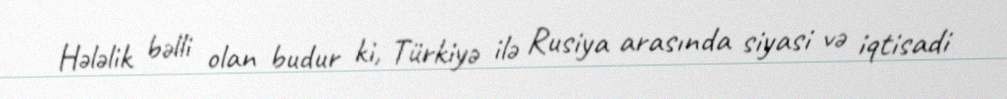
Hələlik bəlli olan budur ki, Türkiyə ilə Rusiya arasında siyasi və iqtisadi